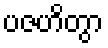
ပဇဟိတွာ